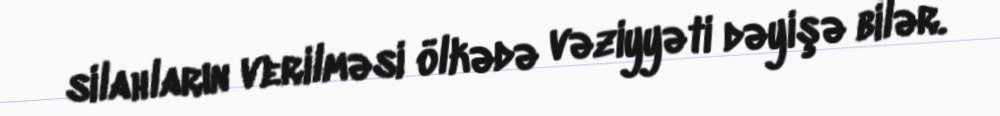
silahların verilməsi ölkədə vəziyyəti dəyişə bilər.